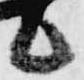
候